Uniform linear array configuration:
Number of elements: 16
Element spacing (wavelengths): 0.25
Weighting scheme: kaiser
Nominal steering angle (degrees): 45
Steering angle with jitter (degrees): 44.04
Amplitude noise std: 0.05
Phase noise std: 0.05

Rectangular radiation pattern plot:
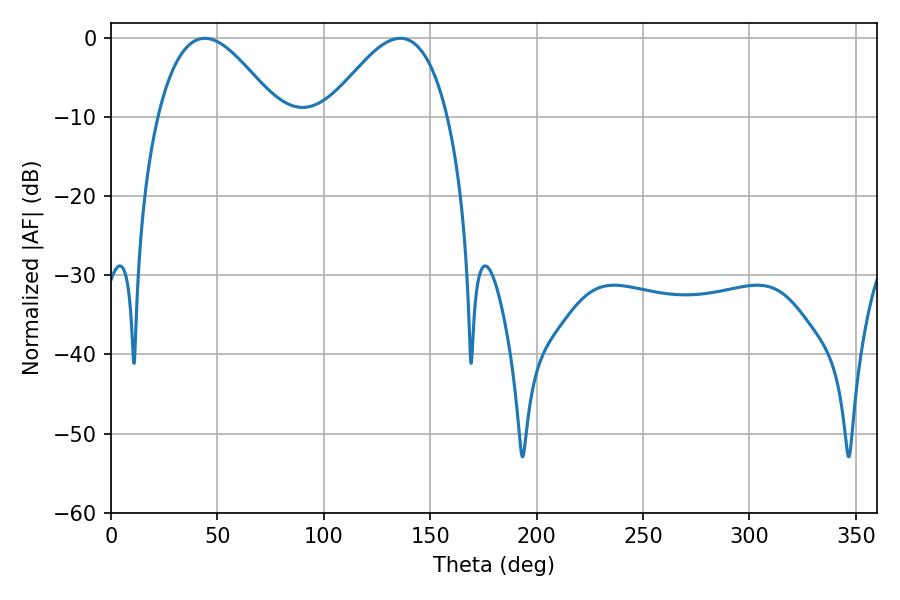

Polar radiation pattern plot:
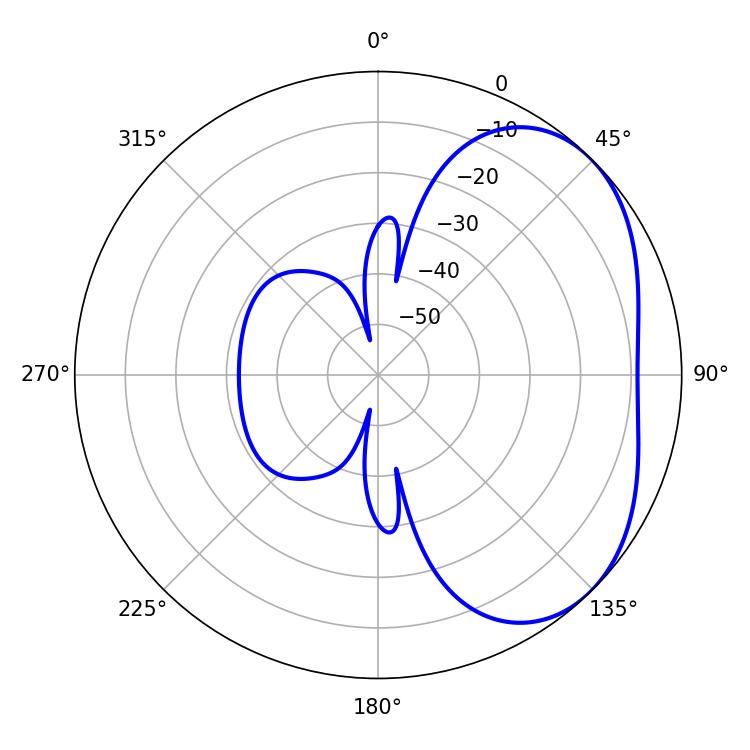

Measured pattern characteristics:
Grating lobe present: FALSE
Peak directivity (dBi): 3.563
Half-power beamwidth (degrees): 30.6
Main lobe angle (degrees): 135.9